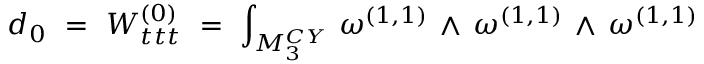
d _ { 0 } ~ = ~ W _ { t t t } ^ { ( 0 ) } ~ = ~ \int _ { { M } _ { 3 } ^ { C Y } } \, \omega ^ { ( 1 , 1 ) } \, \wedge \, \omega ^ { ( 1 , 1 ) } \, \wedge \, \omega ^ { ( 1 , 1 ) }